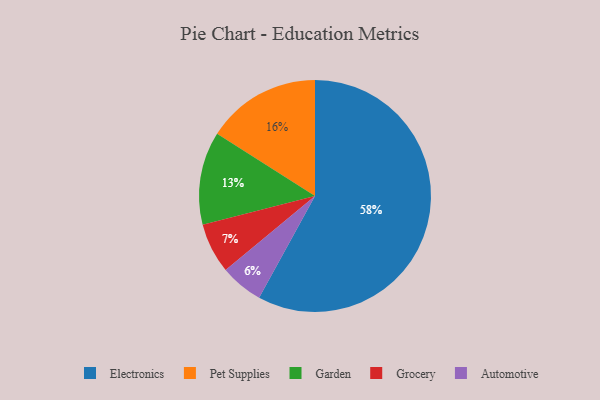
{"axis": {"x": "Category", "y": "Percentage"}, "legend": ["Automotive", "Electronics", "Garden", "Grocery", "Pet Supplies"], "data": [{"x": "Grocery", "y": 7, "type": "Grocery"}, {"x": "Electronics", "y": 58, "type": "Electronics"}, {"x": "Pet Supplies", "y": 16, "type": "Pet Supplies"}, {"x": "Garden", "y": 13, "type": "Garden"}, {"x": "Automotive", "y": 6, "type": "Automotive"}]}